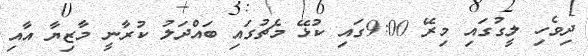
ދިވެހި ލީގުގައި މިރޭ 9:00ގައި ކުޅޭ މެޗުގައި ބައްދަލު ކުރާނީ މާޒިޔާ އާއި